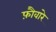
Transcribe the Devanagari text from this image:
फ़ौवारे